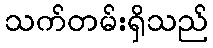
သက်တမ်းရှိသည်